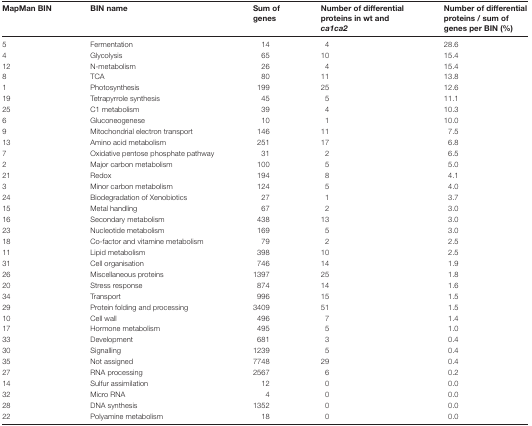
<table><thead><tr><td><b>MapMan BIN</b></td><td><b>BIN name</b></td><td><b>Sum of genes</b></td><td><b>Number of differential proteins in wt and <i>ca1ca2</i></b></td><td><b>Number of differential proteins / sum of genes per BIN (%)</b></td></tr></thead><tbody><tr><td>5</td><td>Fermentation</td><td>14</td><td>4</td><td>28.6</td></tr><tr><td>4</td><td>Glycolysis</td><td>65</td><td>10</td><td>15.4</td></tr><tr><td>12</td><td>N-metabolism</td><td>26</td><td>4</td><td>15.4</td></tr><tr><td>8</td><td>TCA</td><td>80</td><td>11</td><td>13.8</td></tr><tr><td>1</td><td>Photosynthesis</td><td>199</td><td>25</td><td>12.6</td></tr><tr><td>19</td><td>Tetrapyrrole synthesis</td><td>45</td><td>5</td><td>11.1</td></tr><tr><td>25</td><td>C1 metabolism</td><td>39</td><td>4</td><td>10.3</td></tr><tr><td>6</td><td>Gluconeogenese</td><td>10</td><td>1</td><td>10.0</td></tr><tr><td>9</td><td>Mitochondrial electron transport</td><td>146</td><td>11</td><td>7.5</td></tr><tr><td>13</td><td>Amino acid metabolism</td><td>251</td><td>17</td><td>6.8</td></tr><tr><td>7</td><td>Oxidative pentose phosphate pathway</td><td>31</td><td>2</td><td>6.5</td></tr><tr><td>2</td><td>Major carbon metabolism</td><td>100</td><td>5</td><td>5.0</td></tr><tr><td>21</td><td>Redox</td><td>194</td><td>8</td><td>4.1</td></tr><tr><td>3</td><td>Minor carbon metabolism</td><td>124</td><td>5</td><td>4.0</td></tr><tr><td>24</td><td>Biodegradation of Xenobiotics</td><td>27</td><td>1</td><td>3.7</td></tr><tr><td>15</td><td>Metal handling</td><td>67</td><td>2</td><td>3.0</td></tr><tr><td>16</td><td>Secondary metabolism</td><td>438</td><td>13</td><td>3.0</td></tr><tr><td>23</td><td>Nucleotide metabolism</td><td>169</td><td>5</td><td>3.0</td></tr><tr><td>18</td><td>Co-factor and vitamine metabolism</td><td>79</td><td>2</td><td>2.5</td></tr><tr><td>11</td><td>Lipid metabolism</td><td>398</td><td>10</td><td>2.5</td></tr><tr><td>31</td><td>Cell organisation</td><td>746</td><td>14</td><td>1.9</td></tr><tr><td>26</td><td>Miscellaneous proteins</td><td>1397</td><td>25</td><td>1.8</td></tr><tr><td>20</td><td>Stress response</td><td>874</td><td>14</td><td>1.6</td></tr><tr><td>34</td><td>Transport</td><td>996</td><td>15</td><td>1.5</td></tr><tr><td>29</td><td>Protein folding and processing</td><td>3409</td><td>51</td><td>1.5</td></tr><tr><td>10</td><td>Cell wall</td><td>496</td><td>7</td><td>1.4</td></tr><tr><td>17</td><td>Hormone metabolism</td><td>495</td><td>5</td><td>1.0</td></tr><tr><td>33</td><td>Development</td><td>681</td><td>3</td><td>0.4</td></tr><tr><td>30</td><td>Signalling</td><td>1239</td><td>5</td><td>0.4</td></tr><tr><td>35</td><td>Not assigned</td><td>7748</td><td>29</td><td>0.4</td></tr><tr><td>27</td><td>RNA processing</td><td>2567</td><td>6</td><td>0.2</td></tr><tr><td>14</td><td>Sulfur assimilation</td><td>12</td><td>0</td><td>0.0</td></tr><tr><td>32</td><td>Micro RNA</td><td>4</td><td>0</td><td>0.0</td></tr><tr><td>28</td><td>DNA synthesis</td><td>1352</td><td>0</td><td>0.0</td></tr><tr><td>22</td><td>Polyamine metabolism</td><td>18</td><td>0</td><td>0.0</td></tr></tbody></table>